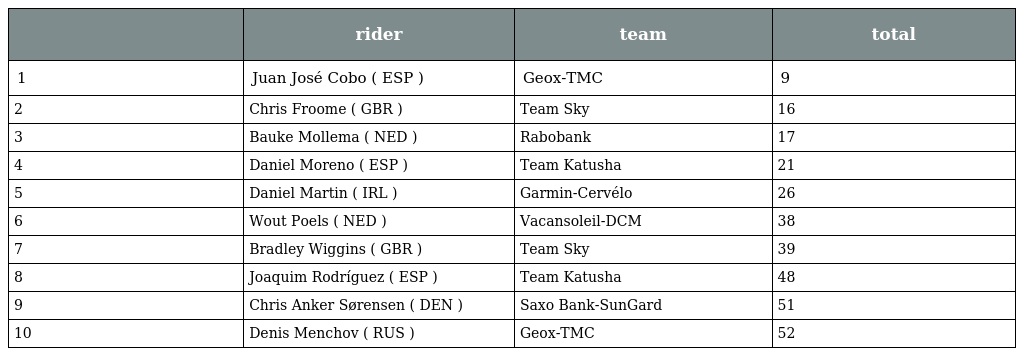
|  | rider | team | total |
 | --- | --- | --- | --- |
 | 1 | Juan José Cobo ( ESP ) | Geox-TMC | 9 |
 | 2 | Chris Froome ( GBR ) | Team Sky | 16 |
 | 3 | Bauke Mollema ( NED ) | Rabobank | 17 |
 | 4 | Daniel Moreno ( ESP ) | Team Katusha | 21 |
 | 5 | Daniel Martin ( IRL ) | Garmin-Cervélo | 26 |
 | 6 | Wout Poels ( NED ) | Vacansoleil-DCM | 38 |
 | 7 | Bradley Wiggins ( GBR ) | Team Sky | 39 |
 | 8 | Joaquim Rodríguez ( ESP ) | Team Katusha | 48 |
 | 9 | Chris Anker Sørensen ( DEN ) | Saxo Bank-SunGard | 51 |
 | 10 | Denis Menchov ( RUS ) | Geox-TMC | 52 |